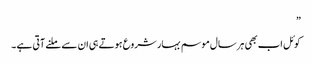
”
کوئل اب بھی ہر سال موسم بہار شروع ہوتے ہی ان سے ملنے آتی ہے۔